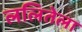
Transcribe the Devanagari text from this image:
ललितेला